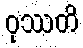
ဝုဿတိ